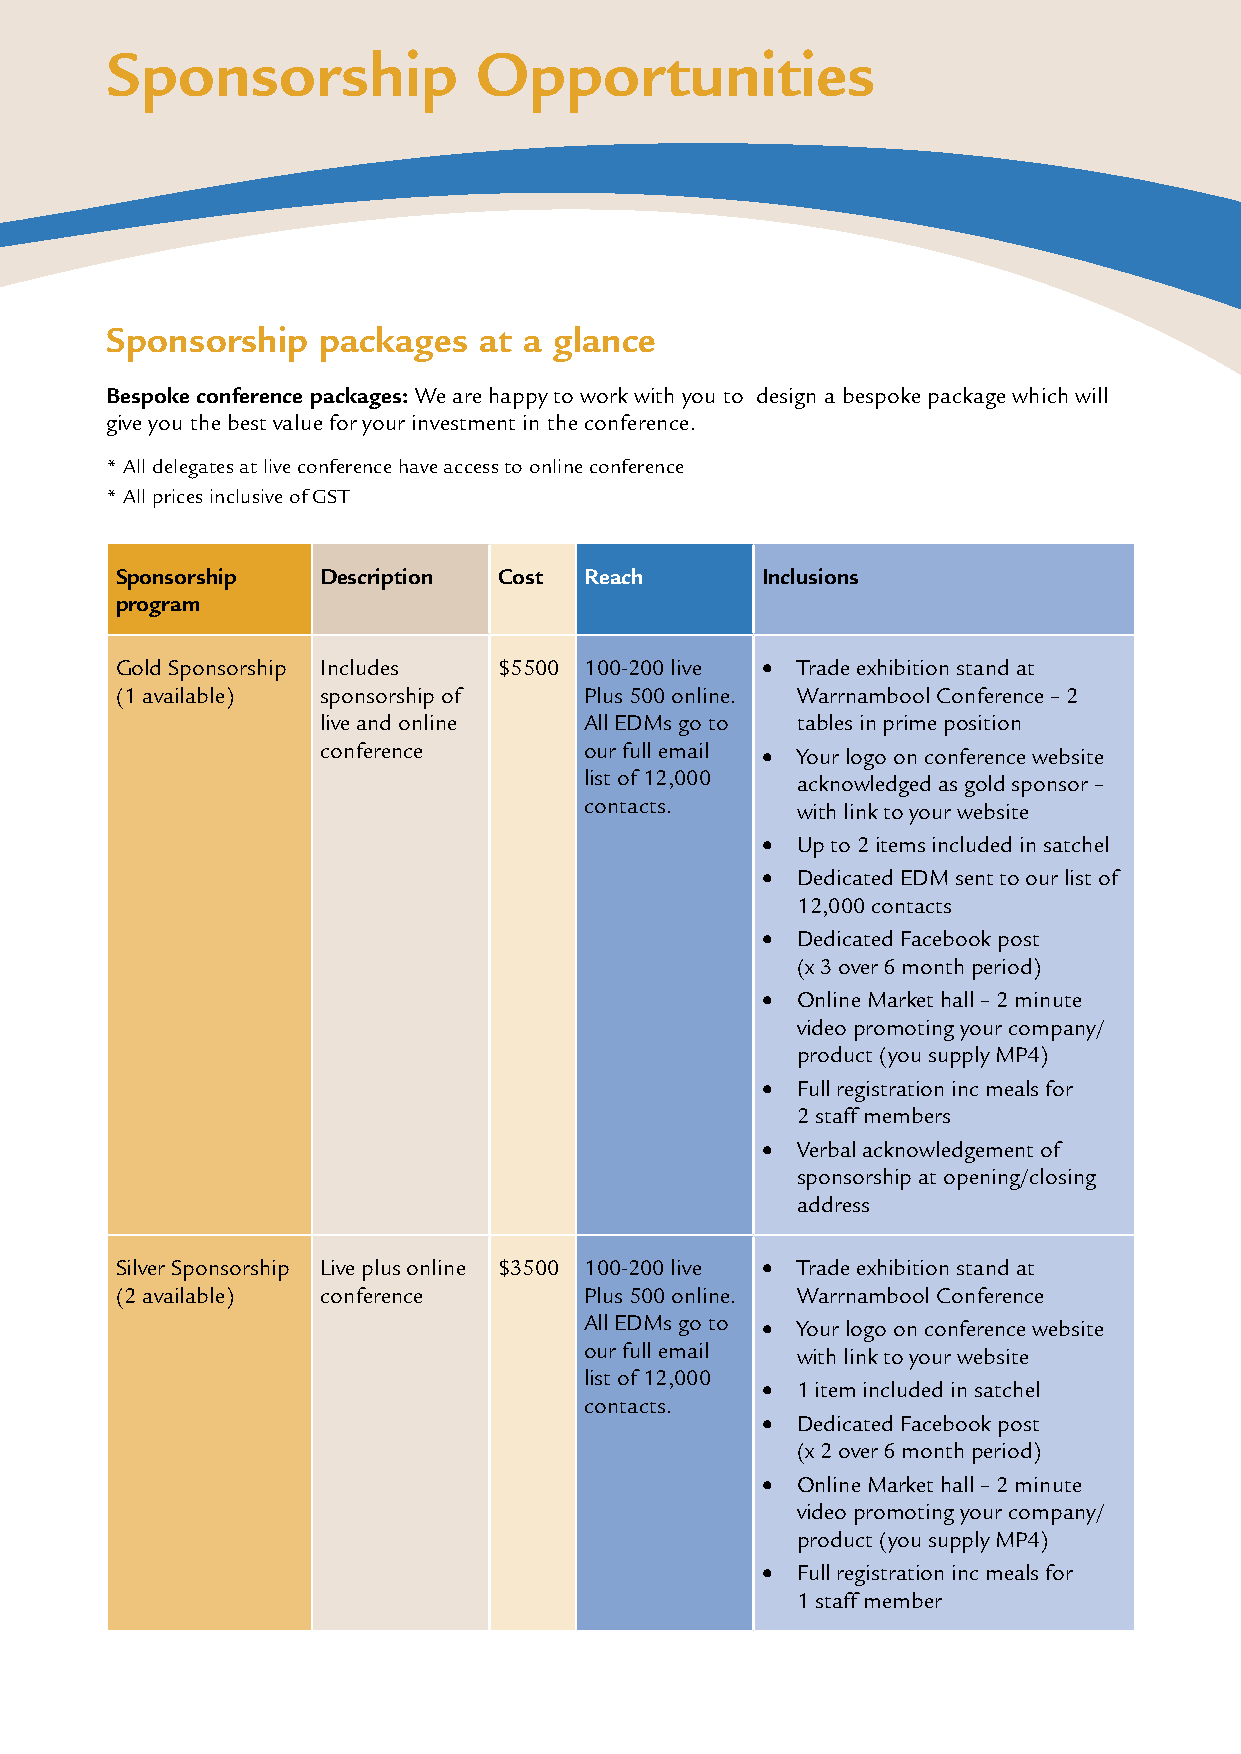
Sponsorship              Opportunities
 Sponsorship   packages   at a glance
 Bespoke conference packages: We are happy to work with you to design a bespoke package which will
 give you the best value for your investment in the conference.
 * All delegates at live conference have access to online conference
 * All prices inclusive of GST
 Sponsorship  Description Cost  Reach      Inclusions
 program
 Gold Sponsorship Includes $5500 100-200 live • Trade exhibition stand at
 (1 available) sponsorship of   Plus 500 online. Warrnambool Conference – 2
 live and online   All EDMs go to tables in prime position
 conference        our full email • Your logo on conference website
 list of 12,000 acknowledged as gold sponsor –
 contacts.     with link to your website
 •  Up to 2 items included in satchel
 •  Dedicated EDM sent to our list of
 12,000 contacts
 •  Dedicated Facebook post
 (x 3 over 6 month period)
 •  Online Market hall – 2 minute
 video promoting your company/
 product (you supply MP4)
 •  Full registration inc meals for
 2 staff members
 •  Verbal acknowledgement of
 sponsorship at opening/closing
 address
 Silver Sponsorship Live plus online $3500 100-200 live • Trade exhibition stand at
 (2 available) conference       Plus 500 online. Warrnambool Conference
 All EDMs go to • Your logo on conference website
 our full email with link to your website
 list of 12,000
 •  1 item included in satchel
 contacts.
 •  Dedicated Facebook post
 (x 2 over 6 month period)
 •  Online Market hall – 2 minute
 video promoting your company/
 product (you supply MP4)
 •  Full registration inc meals for
 1 staff member